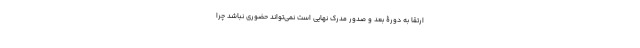
ارتقا به دورۀ بعد و صدور مدرک نهایی است نمی‌تواند حضوری نباشد چرا